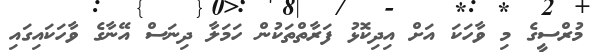
މުރްސީގެ މި ވާހަކަ އަށް އިދިކޮޅު ފަރާތްތަކުން ހަމަލާ ދިނަސް އޭނާގެ ވާހަކައިގައި